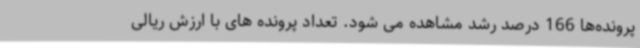
پرونده‌ها 166 درصد رشد مشاهده می شود. تعداد پرونده های با ارزش ریالی